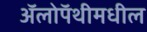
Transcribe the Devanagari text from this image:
ॲलोपॅथीमधील